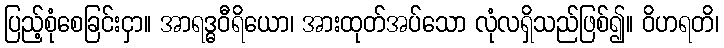
ပြည့်စုံစေခြင်းငှာ။ အာရဒ္ဓဝီရိယော၊ အားထုတ်အပ်သော လုံလရှိသည်ဖြစ်၍။ ဝိဟရတိ၊